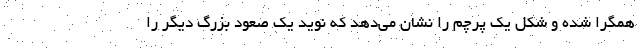
همگرا شده و شکل یک پرچم را نشان می‌دهد که نوید یک صعود بزرگ دیگر را